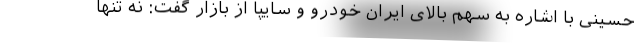
حسینی با اشاره به سهم بالای ایران خودرو و سایپا از بازار گفت: نه تنها